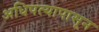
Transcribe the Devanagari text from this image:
अधिपत्यापासून